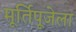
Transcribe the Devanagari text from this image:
मूर्तिपूजेला